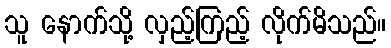
သူ နောက်သို့ လှည့်ကြည့် လိုက်မိသည်။